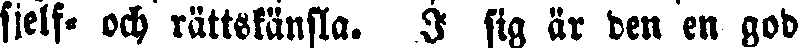
sjelf- och rättskänsla. I sig är den en god